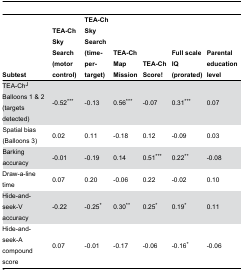
<table><thead><tr><td><b>Subtest</b></td><td><b>TEA-Ch Sky Search (motor control)</b></td><td><b>TEA-Ch Sky Search (time-per-target)</b></td><td><b>TEA-Ch Map Mission</b></td><td><b>TEA-Ch Score!</b></td><td><b>Full scale IQ (prorated)</b></td><td><b>Parental education level</b></td></tr></thead><tbody><tr><td>TEA-Ch<sup>J</sup> Balloons 1 &amp; 2 (targets detected) </td><td>-0.52***</td><td>-0.13</td><td>0.56***</td><td>-0.07</td><td>0.31***</td><td>0.07</td></tr><tr><td>Spatial bias (Balloons 3)</td><td>0.02</td><td>0.11</td><td>-0.18</td><td>0.12</td><td>-0.09</td><td>0.03</td></tr><tr><td>Barking accuracy</td><td>-0.01</td><td>-0.19</td><td>0.14</td><td>0.51***</td><td>0.22**</td><td>-0.08</td></tr><tr><td>Draw-a-line time</td><td>0.07</td><td>0.20</td><td>-0.06</td><td>0.22</td><td>-0.02</td><td>0.10</td></tr><tr><td>Hide-and-seek-V accuracy</td><td>-0.22</td><td>-0.25*</td><td>0.30**</td><td>0.25*</td><td>0.19*</td><td>0.11</td></tr><tr><td>Hide-and-seek-A compound score</td><td>0.07</td><td>-0.01</td><td>-0.17</td><td>-0.06</td><td>-0.16*</td><td>-0.06</td></tr></tbody></table>